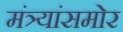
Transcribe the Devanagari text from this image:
मंत्र्यांसमोर